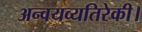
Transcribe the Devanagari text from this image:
अन्वयव्यतिरेकी।